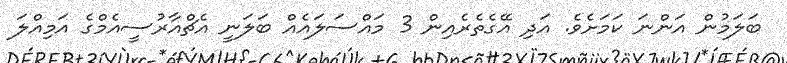
ބަލަމުން އަންނަ ކަމަށެވެ. އަދި އޭގެތެރެއިން 3 މައްސަލައެއް ބަލަނީ އެޗްއާރުސީއެމްގެ އަމިއްލަ